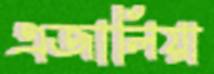
এজালিয়া